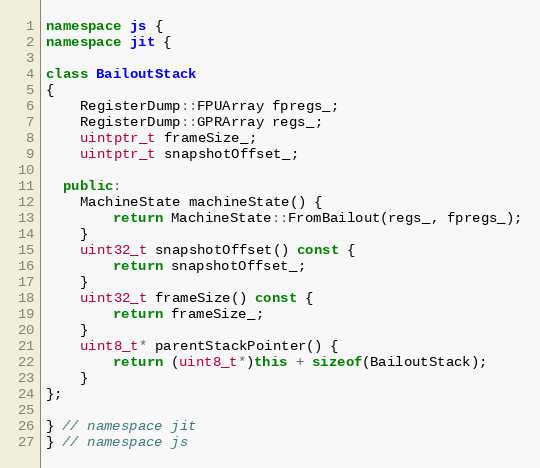
Language: C++
namespace js {
namespace jit {

class BailoutStack
{
    RegisterDump::FPUArray fpregs_;
    RegisterDump::GPRArray regs_;
    uintptr_t frameSize_;
    uintptr_t snapshotOffset_;

  public:
    MachineState machineState() {
        return MachineState::FromBailout(regs_, fpregs_);
    }
    uint32_t snapshotOffset() const {
        return snapshotOffset_;
    }
    uint32_t frameSize() const {
        return frameSize_;
    }
    uint8_t* parentStackPointer() {
        return (uint8_t*)this + sizeof(BailoutStack);
    }
};

} // namespace jit
} // namespace js